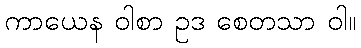
ကာယေန ဝါစာ ဥဒ စေတသာ ဝါ။